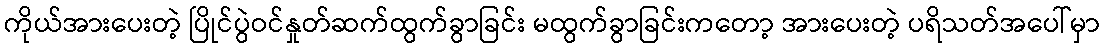
ကိုယ်အားပေးတဲ့ ပြိုင်ပွဲဝင်နှုတ်ဆက်ထွက်ခွာခြင်း မထွက်ခွာခြင်းကတော့ အားပေးတဲ့ ပရိသတ်အပေါ်မှာ